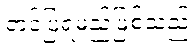
တင်ပြရမည်ဖြစ်သည်